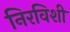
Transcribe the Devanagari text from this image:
निरविशी